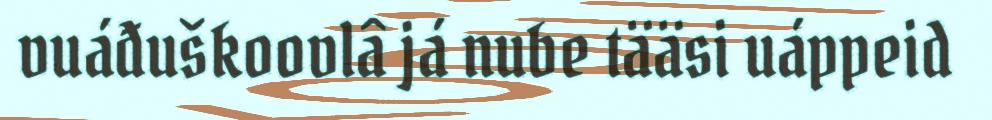
vuáđuškoovlâ já nube tääsi uáppeid